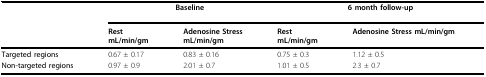
<table><thead><tr><td>[EMPTY_CELL]</td><td colspan="2"><b>Baseline</b></td><td colspan="2"><b>6 month follow-up</b></td></tr><tr><td>[EMPTY_CELL]</td><td><b>RestmL/min/gm</b></td><td><b>Adenosine StressmL/min/gm</b></td><td><b>RestmL/min/gm</b></td><td><b>Adenosine Stress mL/min/gm</b></td></tr></thead><tbody><tr><td><b>Targeted regions</b></td><td>0.67 ± 0.17</td><td>0.83 ± 0.16</td><td>0.75 ± 0.3</td><td>1.12 ± 0.5</td></tr><tr><td><b>Non-targeted regions</b></td><td>0.97 ± 0.9</td><td>2.01 ± 0.7</td><td>1.01 ± 0.5</td><td>2.3 ± 0.7</td></tr></tbody></table>